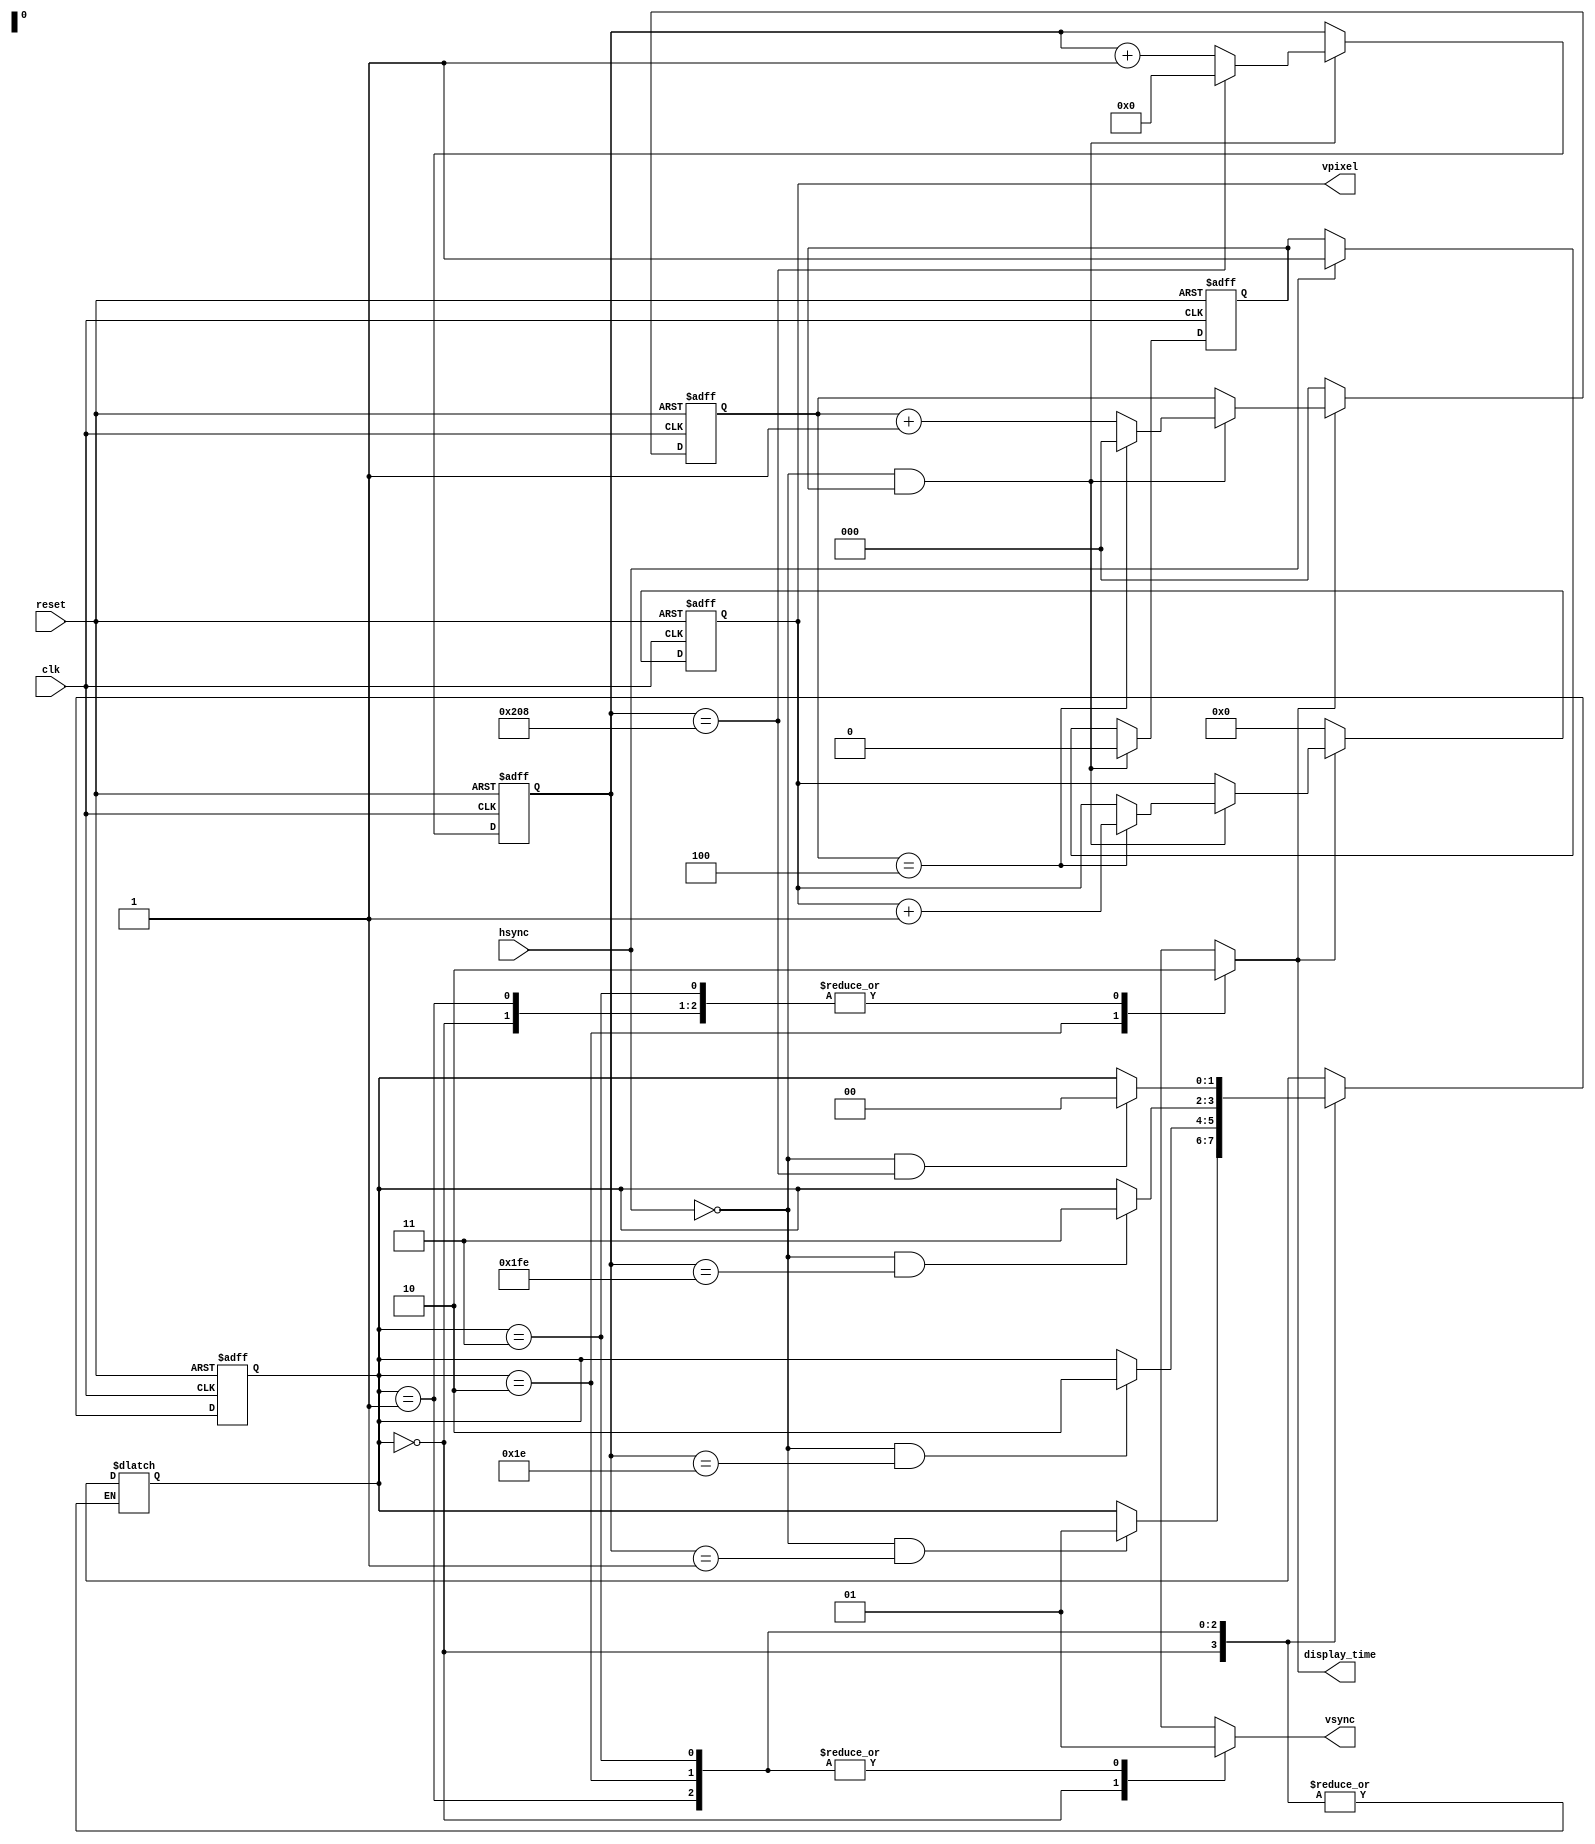
`timescale 1ns / 1ps

module vsync_module(
    input                     clk,
    input                   reset,
    input                   hsync,
    output reg              vsync,
    output reg [6:0]       vpixel,
    output reg       display_time);

    reg [9:0]       counter;
    reg [2:0] pixel_counter;
    reg               first;
    reg [1:0]    next_stage;
    reg [1:0] current_stage;
    
    parameter stage_pulse_vsync      = 2'h0,
              stage_backPorch_vsync  = 2'h1,
              stage_display_vsync    = 2'h2,
              stage_frontPorch_vsync = 2'h3;

    //FSM for next clock.
    always @(posedge clk or posedge reset) begin
        if (reset) begin
            counter <= 10'd30;
            first <= 1'b1;
        end
        else if (!hsync & first) begin
            first <= 1'b0;
            if (counter == 10'd520)
                counter <= 10'd0;
            else
                counter <= counter + 1'b1;
        end
        else if (hsync) begin
            first <= 1'b1;
        end
    end

    always @(posedge clk or posedge reset) begin
        if (reset) begin
            current_stage <= stage_display_vsync;
        end
        else begin
            current_stage <= next_stage;
        end
    end

    //FSM stages.
    always @(current_stage or counter or hsync) begin
        next_stage   = current_stage;
        vsync        = 1'b1;
        display_time = 1'b0;
        case (current_stage)
            stage_pulse_vsync: begin
                if (!hsync && counter == 10'd1 ) next_stage = stage_backPorch_vsync;
                else next_stage = current_stage;

                vsync        = 1'b0;
                display_time = 1'b0;
            end
            stage_backPorch_vsync: begin
                if (!hsync && counter == 10'd30 ) next_stage = stage_display_vsync;
                else next_stage = current_stage;

                vsync        = 1'b1;
                display_time = 1'b0;
            end
            stage_display_vsync: begin
                if (!hsync && counter == 10'd510 ) next_stage = stage_frontPorch_vsync;
                else next_stage = current_stage;
                
                vsync        = 1'b1;
                display_time = 1'b1;
            end
            stage_frontPorch_vsync: begin
                if (!hsync && counter == 10'd520 ) next_stage = stage_pulse_vsync;
                else next_stage = current_stage;
                
                vsync        = 1'b1;
                display_time = 1'b0;
            end
            default: begin
                current_stage = stage_backPorch_vsync;
                
                vsync        = 1'b1;
                display_time = 1'b0;
            end
        endcase
    end

    //Timer for the address of pixels.
    always @(posedge clk or posedge reset) begin
        if (reset) begin
            vpixel <= 7'h0;
            pixel_counter <= 3'h0;
        end
        else if (display_time) begin
            if (!hsync & first) begin
                if (pixel_counter == 3'h4) begin
                    pixel_counter <= 3'h0;
                    vpixel <= vpixel + 1'b1;
                end
                else
                    pixel_counter <= pixel_counter + 1'b1;
            end
        end
        else begin
            vpixel <= 7'h0;
            pixel_counter <= 3'h0;
        end
    end
endmodule